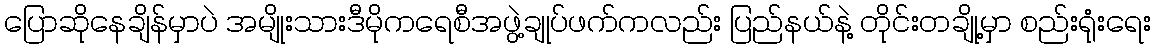
ပြောဆိုနေချိန်မှာပဲ အမျိုးသားဒီမိုကရေစီအဖွဲ့ချုပ်ဖက်ကလည်း ပြည်နယ်နဲ့ တိုင်းတချို့မှာ စည်းရုံးရေး